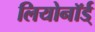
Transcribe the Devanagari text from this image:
लियोनॉर्ड्